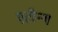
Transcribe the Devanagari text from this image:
एटीन्थ